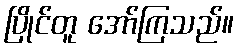
ပြိုင်တူ အော်ကြသည်။